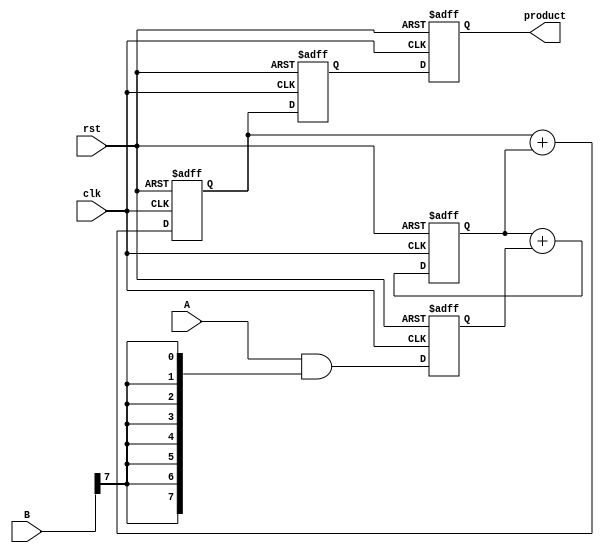
module pipelined_wallace_tree_multiplier #(
    parameter N = 8 // Bit-width of inputs
)(
    input wire clk,
    input wire rst,
    input wire [N-1:0] A,
    input wire [N-1:0] B,
    output reg [2*N-1:0] product
);

    // Intermediate registers for pipelining
    reg [N-1:0] partial_products[N-1:0]; // Array to hold partial products
    reg [2*N-1:0] stage1_sum[N-1:0]; // Stage 1 results
    reg [2*N-1:0] stage2_sum; // Stage 2 result
    reg [2*N-1:0] final_sum; // Final result

    // Generate partial products
    integer i, j;
    always @(posedge clk or posedge rst) begin
        if (rst) begin
            for (i = 0; i < N; i = i + 1) begin
                partial_products[i] <= 0;
            end
        end else begin
            for (i = 0; i < N; i = i + 1) begin
                partial_products[i] <= A & {N{B[i]}};
            end
        end
    end

    // Stage 1: Wallace tree reduction (first level)
    always @(posedge clk or posedge rst) begin
        if (rst) begin
            for (i = 0; i < N; i = i + 1) begin
                stage1_sum[i] <= 0;
            end
        end else begin
            // Simple reduction logic for demonstration purposes
            // This should be replaced with a proper Wallace tree reduction
            for (i = 0; i < N; i = i + 1) begin
                if (i % 3 == 0) begin
                    stage1_sum[i/3] <= partial_products[i];
                end else if (i % 3 == 1) begin
                    stage1_sum[i/3] <= stage1_sum[i/3] + partial_products[i];
                end else begin
                    stage1_sum[i/3] <= stage1_sum[i/3] + partial_products[i];
                end
            end
        end
    end

    // Stage 2: Continue reduction
    always @(posedge clk or posedge rst) begin
        if (rst) begin
            stage2_sum <= 0;
        end else begin
            // Reduce stage1_sum to a single sum (this is simplified)
            stage2_sum <= stage1_sum[0];
            for (i = 1; i < (N + 2) / 3; i = i + 1) begin
                stage2_sum <= stage2_sum + stage1_sum[i];
            end
        end
    end

    // Final stage: Final summation
    always @(posedge clk or posedge rst) begin
        if (rst) begin
            final_sum <= 0;
        end else begin
            final_sum <= stage2_sum; // In a real design, this would be a more complex addition
        end
    end

    // Output stage
    always @(posedge clk or posedge rst) begin
        if (rst) begin
            product <= 0;
        end else begin
            product <= final_sum; // Final product output
        end
    end

endmodule